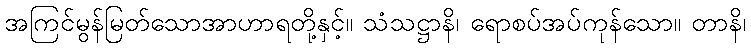
အကြင်မွန်မြတ်သောအာဟာရတို့နှင့်။ သံသဋ္ဌာနိ၊ ရောစပ်အပ်ကုန်သော။ တာနိ၊